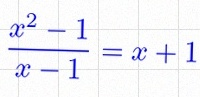
\frac{x^2-1}{x-1}=x+1